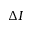
\Delta I